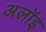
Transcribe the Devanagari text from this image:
अलॉइ